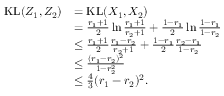
\begin{array} { r l } { \mathrm { K L } ( Z _ { 1 } , Z _ { 2 } ) } & { = \mathrm { K L } ( X _ { 1 } , X _ { 2 } ) } \\ & { = \frac { r _ { 1 } + 1 } { 2 } \ln \frac { r _ { 1 } + 1 } { r _ { 2 } + 1 } + \frac { 1 - r _ { 1 } } { 2 } \ln \frac { 1 - r _ { 1 } } { 1 - r _ { 2 } } } \\ & { \leq \frac { r _ { 1 } + 1 } { 2 } \frac { r _ { 1 } - r _ { 2 } } { r _ { 2 } + 1 } + \frac { 1 - r _ { 1 } } { 2 } \frac { r _ { 2 } - r _ { 1 } } { 1 - r _ { 2 } } } \\ & { \leq \frac { ( r _ { 1 } - r _ { 2 } ) ^ { 2 } } { 1 - r _ { 2 } ^ { 2 } } } \\ & { \leq \frac 4 3 ( r _ { 1 } - r _ { 2 } ) ^ { 2 } . } \end{array}